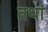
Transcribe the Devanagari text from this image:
तथां